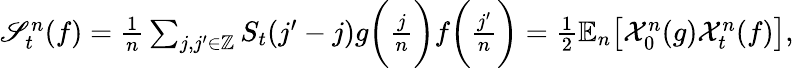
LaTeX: \begin{array}{r}{\mathscr{S}_{t}^{n}(f)=\frac{1}{n}\sum_{j,j^{\prime}\in\mathbb{Z}}S_{t}(j^{\prime}-j)g\bigg(\frac{j}{n}\bigg)f\bigg(\frac{j^{\prime}}{n}\bigg)=\frac{1}{2}\mathbb{E}_{n}\big[\mathcal{X}_{0}^{n}(g)\mathcal{X}_{t}^{n}(f)\big],}\end{array}